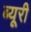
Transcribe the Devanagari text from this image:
ब्यूरी